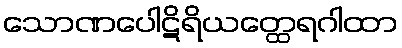
သောဏပေါဋိရိယတ္ထေရဂါထာ